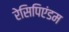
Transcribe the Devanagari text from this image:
रेसिपिएंडम